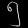
Digit: ၅